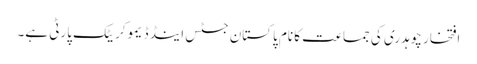
افتخار چوہدری کی جماعت کا نام پاکستان جسٹس اینڈ ڈیموکریٹک پارٹی ہے۔